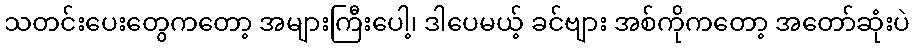
သတင်းပေးတွေကတော့ အများကြီးပေါ့၊ ဒါပေမယ့် ခင်ဗျား အစ်ကိုကတော့ အတော်ဆုံးပဲ